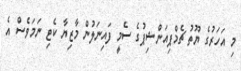
މި އަހަރުގެ ޔޫތު ޗެމްޕިއަންޝިޕުގެ ސެމީ ފައިނަލުން މާޒިޔާ ކެޓި ނަމަވެސް އެ